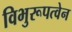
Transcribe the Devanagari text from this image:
विभुरूपत्वेन